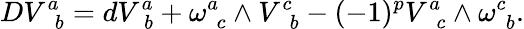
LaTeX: DV_{\, \, \, b}^{a}=dV_{\, \, b}^{a}+\omega_{\, \, c}^{a}\wedge V_{\, \, \, b}^{c}-(-1)^{p}V_{\, \, \, c}^{a}\wedge\omega_{\, \, b}^{c}.